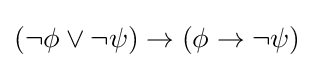
(\neg \phi \vee \neg \psi )\to (\phi \to \neg \psi )